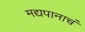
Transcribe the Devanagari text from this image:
मद्यपानाचं